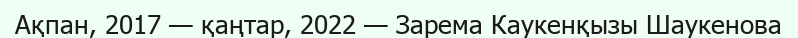
Ақпан, 2017 — қаңтар, 2022 — Зарема Каукенқызы Шаукенова